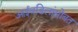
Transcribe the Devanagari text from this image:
आईवडिलांसोबत